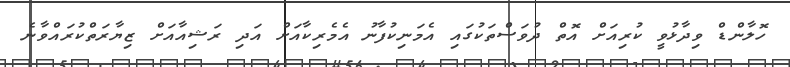
ހޮލާންޑް ވިދާޅުވީ ކުރިއަށް އޮތް ދުވަސްތަކުގައި އެމަނިކުފާނު އެމެރިކާއަށް އަދި ރަޝިއާއަށް ޒިޔާރަތްކުރައްވާނެ